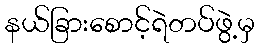
နယ်ခြားစောင့်ရဲတပ်ဖွဲ့မှ